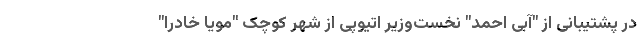
در پشتیبانی از "آبی احمد" نخست‌وزیر اتیوپی از شهر کوچک "مویا خادرا"